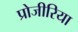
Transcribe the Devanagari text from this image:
प्रोजीरिया